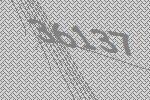
36137